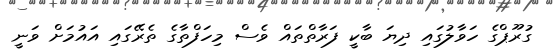
ގުރޫޕްގެ ހަވާލުގައި ދިޔަ ބާކީ ފަރާތްތައް ވެސް މިހަފްތާގެ ތެރޭގައި އައުމަށް ވަނީ